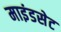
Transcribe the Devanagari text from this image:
माइंडसेट